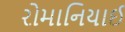
રોમાનિયાઈ